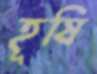
হূষি